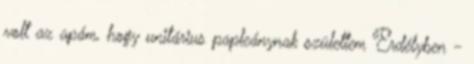
volt az apám, hogy unitárius papleánynak születtem Erdélyben -